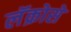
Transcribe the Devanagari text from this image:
लॅक्रोसे